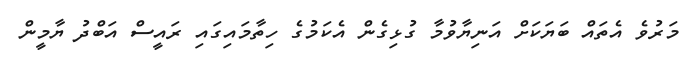
މަރުވެ އެތައް ބަޔަކަށް އަނިޔާވުމާ ގުޅިގެން އެކަމުގެ ހިތާމައިގައި ރައީސް އަބްދު ޔާމީން